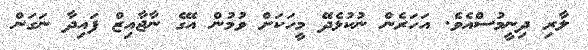
ލާރި ދިނީމުސްއެވެ. އަހަރެން ނުކުޅެދޭ މީހަކަށް ވުމުން އޭގެ ނާޖާއިޒް ފައިދާ ނަގަން